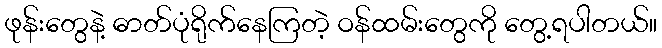
ဖုန်းတွေနဲ့ ဓာတ်ပုံရိုက်နေကြတဲ့ ဝန်ထမ်းတွေကို တွေ့ရပါတယ်။